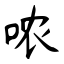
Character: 哝